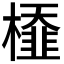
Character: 𣜂